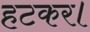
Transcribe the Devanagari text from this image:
हटकर।